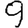
Digit: 9